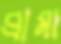
প্রামা